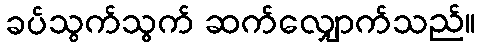
ခပ်သွက်သွက် ဆက်လျှောက်သည်။